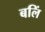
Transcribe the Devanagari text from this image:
बलिं